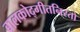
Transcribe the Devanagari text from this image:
बालकोद्गीतनिरतो